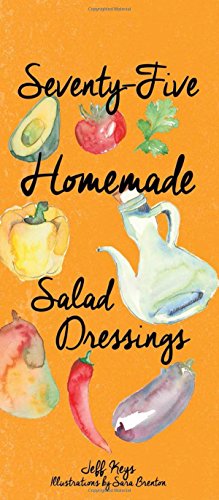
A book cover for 75 Homemade Salad Dressings; Jeff Keys; Cookbooks, Food & Wine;